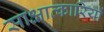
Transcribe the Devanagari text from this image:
साक्षात्कारियों